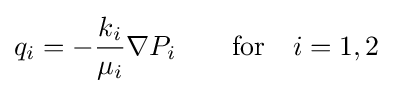
q_{i}=-{\frac {k_{i}}{\mu _{i}}}\nabla P_{i}\qquad {\text{for}}\quad i=1,2